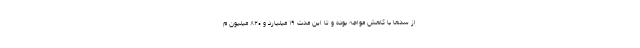
از سدها با کاهش مواجه بوده و تا این مدت ۱۹ میلیارد و ۸۲۰ میلیون م